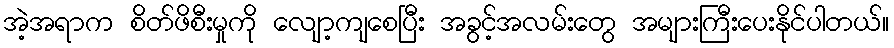
အဲ့အရာက စိတ်ဖိစီးမှုကို လျော့ကျစေပြီး အခွင့်အလမ်းတွေ အများကြီးပေးနိုင်ပါတယ်။